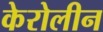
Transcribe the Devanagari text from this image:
केरोलीन